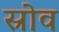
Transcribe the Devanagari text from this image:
स्रोव